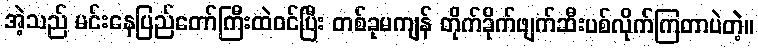
အဲ့သည် မင်းနေပြည်တော်ကြီးထဲဝင်ပြီး တစ်ခုမကျန် တိုက်ခိုက်ဖျက်ဆီးပစ်လိုက်ကြတာပဲတဲ့။